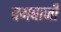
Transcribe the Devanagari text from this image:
बमबाजी